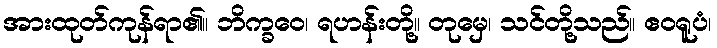
အားထုတ်ကုန်ရာ၏။ ဘိက္ခဝေ၊ ရဟန်းတို့။ တုမှေ၊ သင်တို့သည်။ ဧဝရူပံ၊